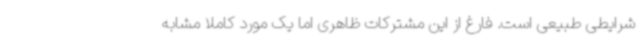
شرایطی طبیعی است. فارغ از این مشترکات ظاهری اما یک مورد کاملا مشابه